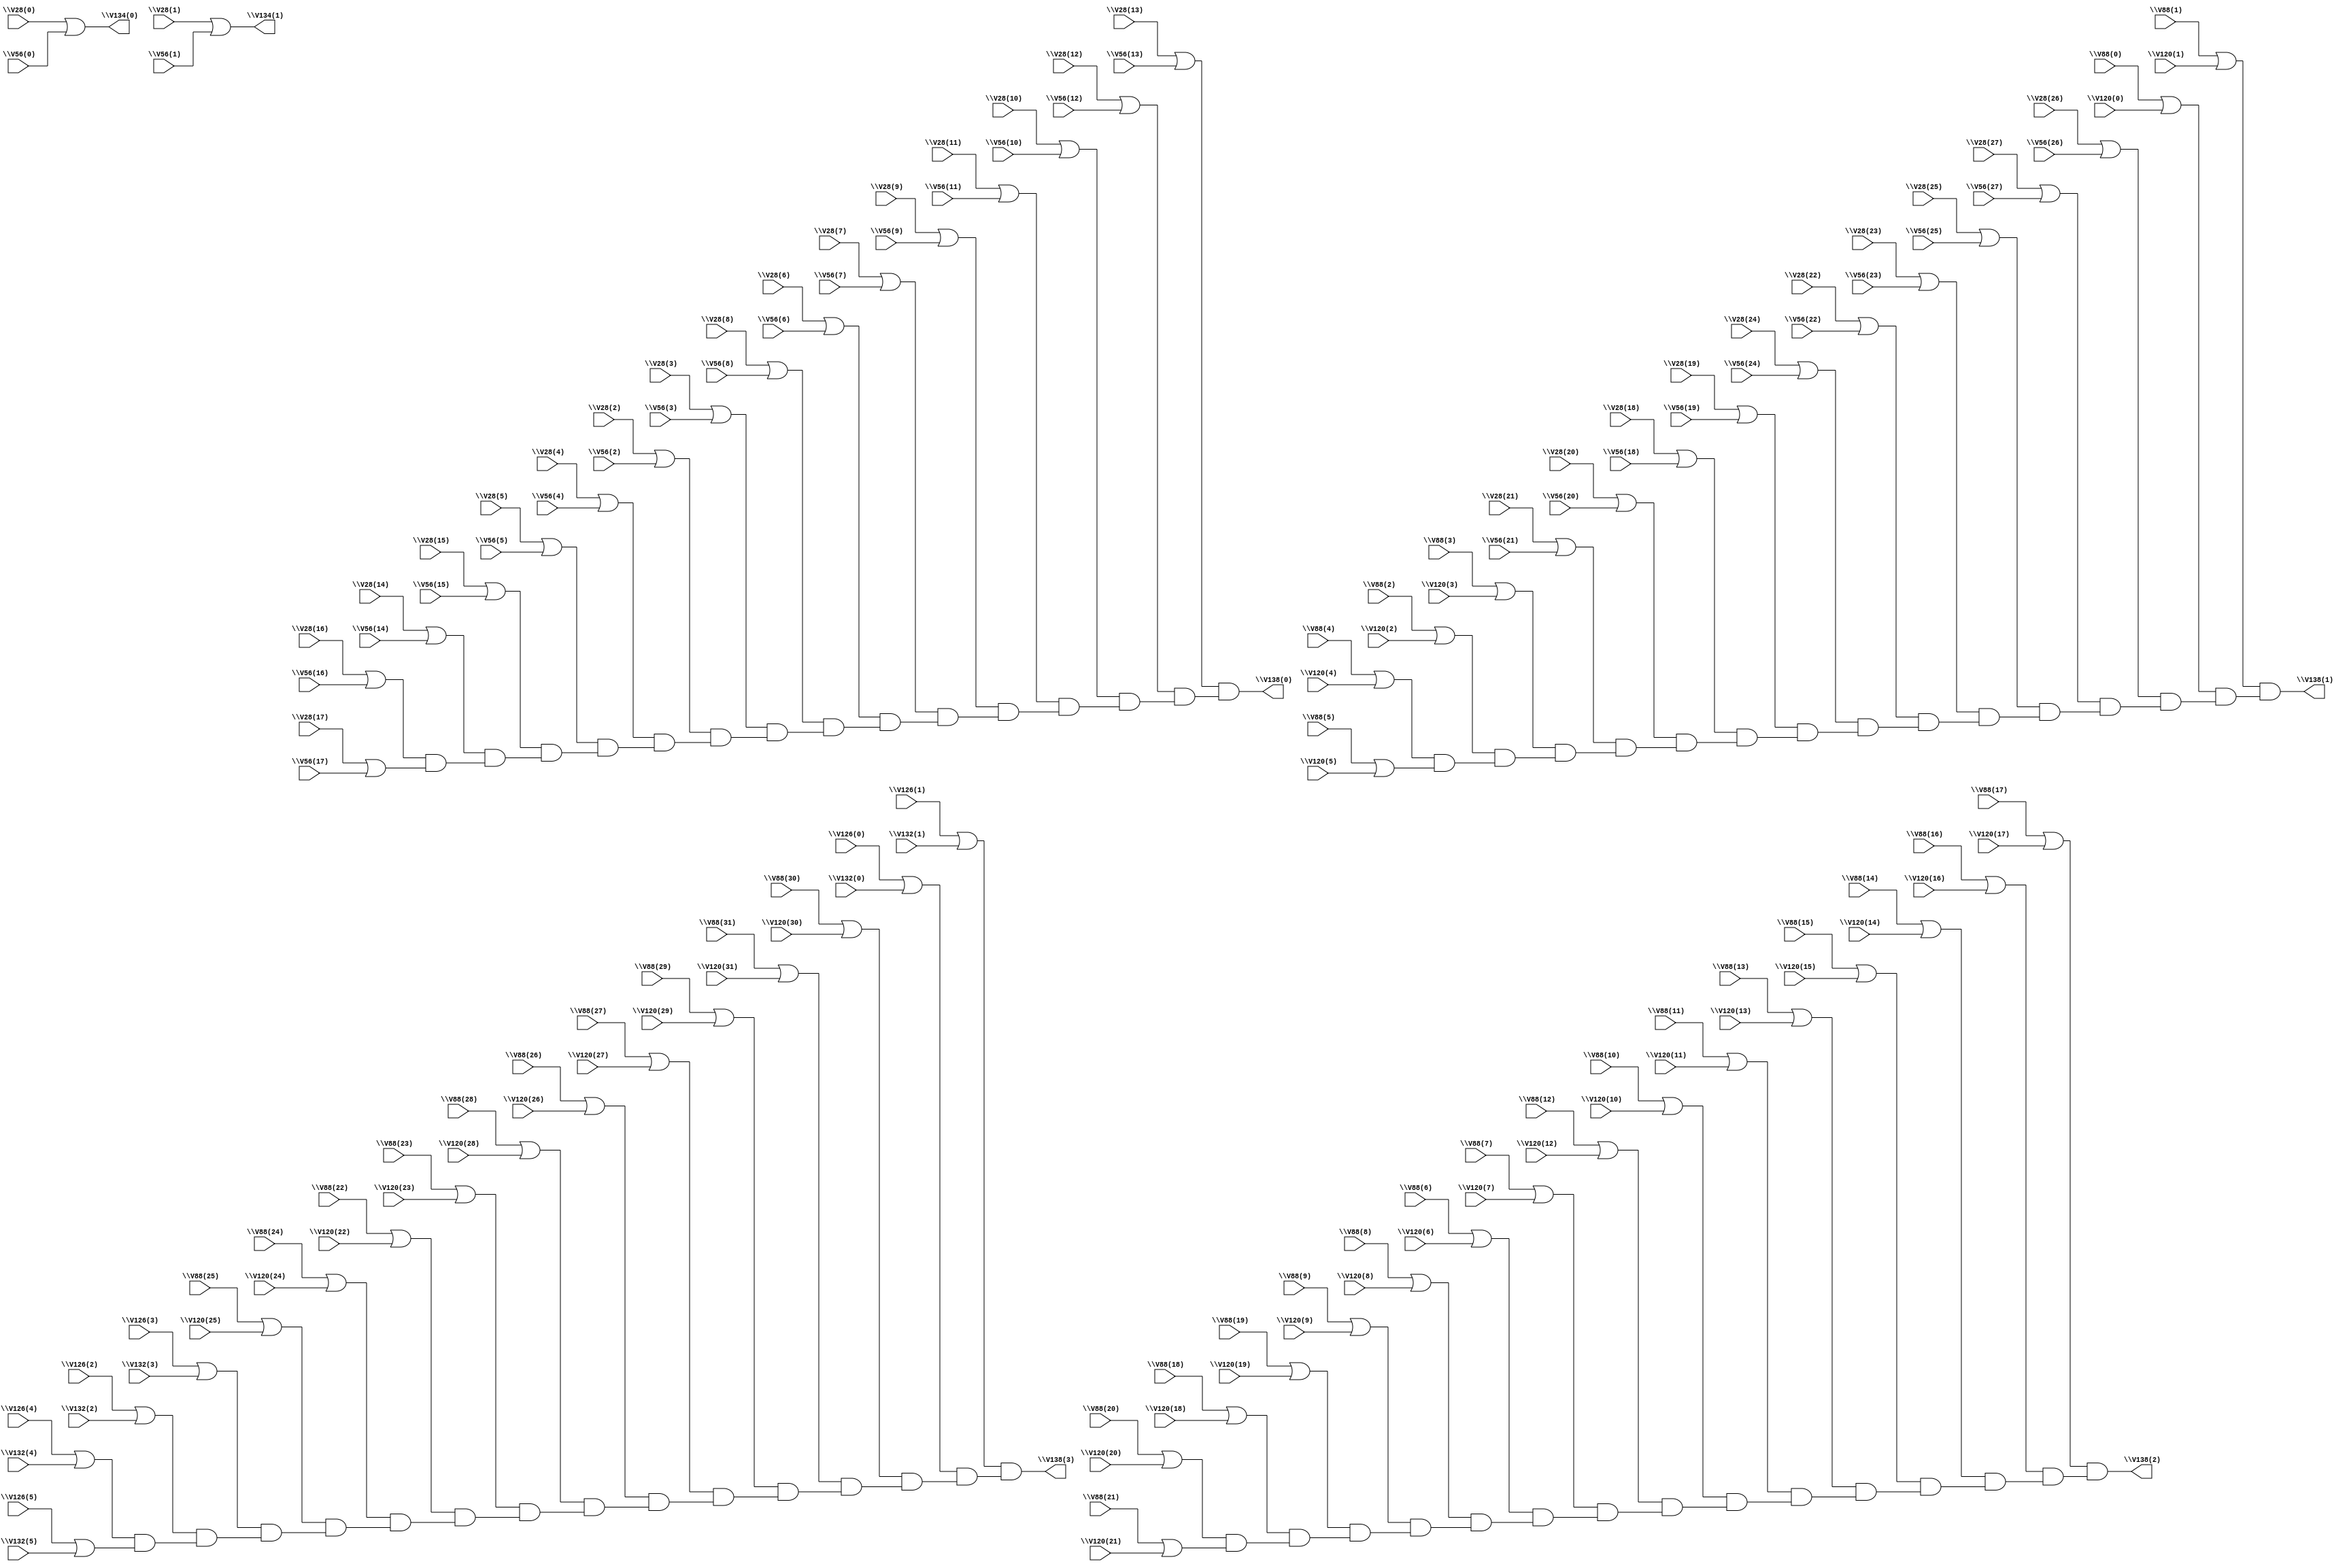
// IWLS benchmark module "i3" printed on Wed May 29 16:38:48 2002
module i3(\V56(0) , \V28(0) , \V56(1) , \V28(1) , \V56(2) , \V28(2) , \V56(3) , \V28(3) , \V56(4) , \V28(4) , \V56(5) , \V28(5) , \V56(6) , \V28(6) , \V56(7) , \V28(7) , \V56(8) , \V28(8) , \V56(9) , \V28(9) , \V56(10) , \V28(10) , \V56(11) , \V28(11) , \V56(12) , \V28(12) , \V56(13) , \V28(13) , \V56(14) , \V28(14) , \V56(15) , \V28(15) , \V56(16) , \V28(16) , \V56(17) , \V28(17) , \V56(18) , \V28(18) , \V56(19) , \V28(19) , \V56(20) , \V28(20) , \V56(21) , \V28(21) , \V56(22) , \V28(22) , \V56(23) , \V28(23) , \V56(24) , \V28(24) , \V56(25) , \V28(25) , \V56(26) , \V28(26) , \V56(27) , \V28(27) , \V120(0) , \V88(0) , \V120(1) , \V88(1) , \V120(2) , \V88(2) , \V120(3) , \V88(3) , \V120(4) , \V88(4) , \V120(5) , \V88(5) , \V120(6) , \V88(6) , \V120(7) , \V88(7) , \V120(8) , \V88(8) , \V120(9) , \V88(9) , \V120(10) , \V88(10) , \V120(11) , \V88(11) , \V120(12) , \V88(12) , \V120(13) , \V88(13) , \V120(14) , \V88(14) , \V120(15) , \V88(15) , \V120(16) , \V88(16) , \V120(17) , \V88(17) , \V120(18) , \V88(18) , \V120(19) , \V88(19) , \V120(20) , \V88(20) , \V120(21) , \V88(21) , \V120(22) , \V88(22) , \V120(23) , \V88(23) , \V120(24) , \V88(24) , \V120(25) , \V88(25) , \V120(26) , \V88(26) , \V120(27) , \V88(27) , \V120(28) , \V88(28) , \V120(29) , \V88(29) , \V120(30) , \V88(30) , \V120(31) , \V88(31) , \V132(0) , \V126(0) , \V132(1) , \V126(1) , \V132(2) , \V126(2) , \V132(3) , \V126(3) , \V132(4) , \V126(4) , \V132(5) , \V126(5) , \V134(0) , \V134(1) , \V138(0) , \V138(1) , \V138(2) , \V138(3) );
input
  \V132(5) ,
  \V28(13) ,
  \V126(1) ,
  \V88(21) ,
  \V132(4) ,
  \V28(12) ,
  \V126(0) ,
  \V88(20) ,
  \V28(15) ,
  \V28(14) ,
  \V132(1) ,
  \V132(0) ,
  \V28(11) ,
  \V88(27) ,
  \V28(10) ,
  \V88(0) ,
  \V88(26) ,
  \V88(1) ,
  \V88(29) ,
  \V88(2) ,
  \V88(28) ,
  \V88(3) ,
  \V88(4) ,
  \V28(17) ,
  \V88(5) ,
  \V120(31) ,
  \V28(16) ,
  \V88(6) ,
  \V120(30) ,
  \V56(13) ,
  \V28(19) ,
  \V88(7) ,
  \V56(12) ,
  \V28(18) ,
  \V88(8) ,
  \V56(15) ,
  \V28(23) ,
  \V88(9) ,
  \V88(31) ,
  \V56(14) ,
  \V28(22) ,
  \V88(30) ,
  \V28(25) ,
  \V28(24) ,
  \V56(11) ,
  \V56(10) ,
  \V28(21) ,
  \V28(20) ,
  \V120(27) ,
  \V120(26) ,
  \V120(29) ,
  \V56(17) ,
  \V120(28) ,
  \V120(3) ,
  \V56(0) ,
  \V56(16) ,
  \V120(2) ,
  \V56(1) ,
  \V56(19) ,
  \V28(27) ,
  \V120(5) ,
  \V56(2) ,
  \V56(18) ,
  \V28(26) ,
  \V120(4) ,
  \V56(3) ,
  \V56(23) ,
  \V56(4) ,
  \V56(22) ,
  \V56(5) ,
  \V56(25) ,
  \V120(1) ,
  \V56(6) ,
  \V56(24) ,
  \V120(21) ,
  \V120(0) ,
  \V56(7) ,
  \V120(20) ,
  \V56(8) ,
  \V120(23) ,
  \V56(9) ,
  \V56(21) ,
  \V120(22) ,
  \V56(20) ,
  \V120(25) ,
  \V120(24) ,
  \V120(7) ,
  \V120(17) ,
  \V120(6) ,
  \V120(16) ,
  \V120(9) ,
  \V120(19) ,
  \V120(8) ,
  \V56(27) ,
  \V120(18) ,
  \V56(26) ,
  \V88(13) ,
  \V28(0) ,
  \V88(12) ,
  \V28(1) ,
  \V88(15) ,
  \V120(11) ,
  \V28(2) ,
  \V88(14) ,
  \V120(10) ,
  \V28(3) ,
  \V120(13) ,
  \V28(4) ,
  \V120(12) ,
  \V28(5) ,
  \V88(11) ,
  \V120(15) ,
  \V28(6) ,
  \V88(10) ,
  \V120(14) ,
  \V28(7) ,
  \V28(8) ,
  \V28(9) ,
  \V88(17) ,
  \V88(16) ,
  \V88(19) ,
  \V88(18) ,
  \V126(3) ,
  \V88(23) ,
  \V126(2) ,
  \V88(22) ,
  \V126(5) ,
  \V88(25) ,
  \V126(4) ,
  \V88(24) ,
  \V132(3) ,
  \V132(2) ;
output
  \V138(3) ,
  \V138(2) ,
  \V134(1) ,
  \V134(0) ,
  \V138(1) ,
  \V138(0) ;
wire
  \V202(7) ,
  \V202(6) ,
  \V202(9) ,
  \V202(8) ,
  \[0] ,
  \[1] ,
  \[2] ,
  \[3] ,
  \[4] ,
  \[5] ,
  \V170(11) ,
  \V170(10) ,
  \V170(13) ,
  \V186(3) ,
  \V170(12) ,
  \V154(11) ,
  \V186(2) ,
  \V170(15) ,
  \V154(10) ,
  \V186(5) ,
  \V170(14) ,
  \V154(13) ,
  \V186(4) ,
  \V154(12) ,
  \V154(15) ,
  \V154(14) ,
  \V186(1) ,
  \V186(0) ,
  \V202(11) ,
  \V202(10) ,
  \V202(13) ,
  \V202(12) ,
  \V186(7) ,
  \V202(15) ,
  \V186(6) ,
  \V202(14) ,
  \V186(9) ,
  \V186(8) ,
  \V154(3) ,
  \V154(2) ,
  \V154(5) ,
  \V154(4) ,
  \V154(1) ,
  \V154(0) ,
  \V170(3) ,
  \V170(2) ,
  \V170(5) ,
  \V170(4) ,
  \V154(7) ,
  \V154(6) ,
  \V154(9) ,
  \V186(11) ,
  \V170(1) ,
  \V154(8) ,
  \V186(10) ,
  \V170(0) ,
  \V186(13) ,
  \V186(12) ,
  \V202(3) ,
  \V186(15) ,
  \V202(2) ,
  \V186(14) ,
  \V202(5) ,
  \V170(7) ,
  \V202(4) ,
  \V170(6) ,
  \V170(9) ,
  \V170(8) ,
  \V202(1) ,
  \V202(0) ;
assign
  \V202(7)  = \V88(29)  | \V120(29) ,
  \V202(6)  = \V88(28)  | \V120(28) ,
  \V202(9)  = \V88(31)  | \V120(31) ,
  \V202(8)  = \V88(30)  | \V120(30) ,
  \[0]  = \V28(0)  | \V56(0) ,
  \[1]  = \V28(1)  | \V56(1) ,
  \[2]  = \V154(11)  & (\V154(10)  & (\V154(8)  & (\V154(9)  & (\V154(7)  & (\V154(5)  & (\V154(4)  & (\V154(6)  & (\V154(1)  & (\V154(0)  & (\V154(2)  & (\V154(3)  & (\V154(13)  & (\V154(12)  & (\V154(14)  & \V154(15) )))))))))))))),
  \[3]  = \V170(11)  & (\V170(10)  & (\V170(8)  & (\V170(9)  & (\V170(7)  & (\V170(5)  & (\V170(4)  & (\V170(6)  & (\V170(1)  & (\V170(0)  & (\V170(2)  & (\V170(3)  & (\V170(13)  & (\V170(12)  & (\V170(14)  & \V170(15) )))))))))))))),
  \[4]  = \V186(11)  & (\V186(10)  & (\V186(8)  & (\V186(9)  & (\V186(7)  & (\V186(5)  & (\V186(4)  & (\V186(6)  & (\V186(1)  & (\V186(0)  & (\V186(2)  & (\V186(3)  & (\V186(13)  & (\V186(12)  & (\V186(14)  & \V186(15) )))))))))))))),
  \[5]  = \V202(11)  & (\V202(10)  & (\V202(8)  & (\V202(9)  & (\V202(7)  & (\V202(5)  & (\V202(4)  & (\V202(6)  & (\V202(1)  & (\V202(0)  & (\V202(2)  & (\V202(3)  & (\V202(13)  & (\V202(12)  & (\V202(14)  & \V202(15) )))))))))))))),
  \V170(11)  = \V88(1)  | \V120(1) ,
  \V170(10)  = \V88(0)  | \V120(0) ,
  \V170(13)  = \V88(3)  | \V120(3) ,
  \V186(3)  = \V88(9)  | \V120(9) ,
  \V170(12)  = \V88(2)  | \V120(2) ,
  \V154(11)  = \V28(13)  | \V56(13) ,
  \V186(2)  = \V88(8)  | \V120(8) ,
  \V170(15)  = \V88(5)  | \V120(5) ,
  \V154(10)  = \V28(12)  | \V56(12) ,
  \V186(5)  = \V88(11)  | \V120(11) ,
  \V170(14)  = \V88(4)  | \V120(4) ,
  \V154(13)  = \V28(15)  | \V56(15) ,
  \V186(4)  = \V88(10)  | \V120(10) ,
  \V154(12)  = \V28(14)  | \V56(14) ,
  \V154(15)  = \V28(17)  | \V56(17) ,
  \V154(14)  = \V28(16)  | \V56(16) ,
  \V186(1)  = \V88(7)  | \V120(7) ,
  \V186(0)  = \V88(6)  | \V120(6) ,
  \V202(11)  = \V126(1)  | \V132(1) ,
  \V202(10)  = \V126(0)  | \V132(0) ,
  \V202(13)  = \V126(3)  | \V132(3) ,
  \V138(3)  = \[5] ,
  \V202(12)  = \V126(2)  | \V132(2) ,
  \V138(2)  = \[4] ,
  \V186(7)  = \V88(13)  | \V120(13) ,
  \V202(15)  = \V126(5)  | \V132(5) ,
  \V186(6)  = \V88(12)  | \V120(12) ,
  \V202(14)  = \V126(4)  | \V132(4) ,
  \V186(9)  = \V88(15)  | \V120(15) ,
  \V186(8)  = \V88(14)  | \V120(14) ,
  \V134(1)  = \[1] ,
  \V134(0)  = \[0] ,
  \V138(1)  = \[3] ,
  \V138(0)  = \[2] ,
  \V154(3)  = \V28(5)  | \V56(5) ,
  \V154(2)  = \V28(4)  | \V56(4) ,
  \V154(5)  = \V28(7)  | \V56(7) ,
  \V154(4)  = \V28(6)  | \V56(6) ,
  \V154(1)  = \V28(3)  | \V56(3) ,
  \V154(0)  = \V28(2)  | \V56(2) ,
  \V170(3)  = \V28(21)  | \V56(21) ,
  \V170(2)  = \V28(20)  | \V56(20) ,
  \V170(5)  = \V28(23)  | \V56(23) ,
  \V170(4)  = \V28(22)  | \V56(22) ,
  \V154(7)  = \V28(9)  | \V56(9) ,
  \V154(6)  = \V28(8)  | \V56(8) ,
  \V154(9)  = \V28(11)  | \V56(11) ,
  \V186(11)  = \V88(17)  | \V120(17) ,
  \V170(1)  = \V28(19)  | \V56(19) ,
  \V154(8)  = \V28(10)  | \V56(10) ,
  \V186(10)  = \V88(16)  | \V120(16) ,
  \V170(0)  = \V28(18)  | \V56(18) ,
  \V186(13)  = \V88(19)  | \V120(19) ,
  \V186(12)  = \V88(18)  | \V120(18) ,
  \V202(3)  = \V88(25)  | \V120(25) ,
  \V186(15)  = \V88(21)  | \V120(21) ,
  \V202(2)  = \V88(24)  | \V120(24) ,
  \V186(14)  = \V88(20)  | \V120(20) ,
  \V202(5)  = \V88(27)  | \V120(27) ,
  \V170(7)  = \V28(25)  | \V56(25) ,
  \V202(4)  = \V88(26)  | \V120(26) ,
  \V170(6)  = \V28(24)  | \V56(24) ,
  \V170(9)  = \V28(27)  | \V56(27) ,
  \V170(8)  = \V28(26)  | \V56(26) ,
  \V202(1)  = \V88(23)  | \V120(23) ,
  \V202(0)  = \V88(22)  | \V120(22) ;
endmodule